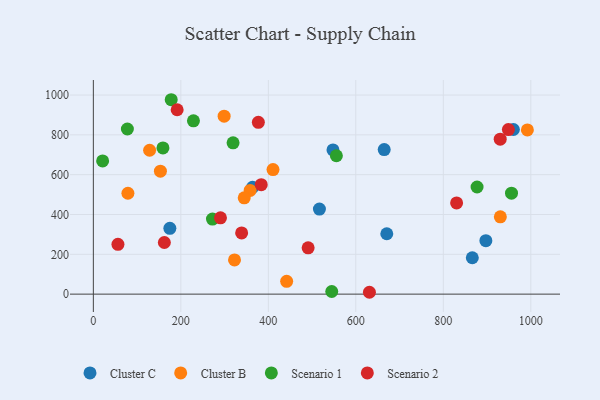
{"axis": {"x": "Price", "y": "Sales"}, "legend": ["Cluster B", "Cluster C", "Scenario 1", "Scenario 2"], "data": [{"x": "670.8", "y": 303.2, "type": "Cluster C"}, {"x": "174.9", "y": 330.4, "type": "Cluster C"}, {"x": "516.8", "y": 427.0, "type": "Cluster C"}, {"x": "897.3", "y": 268.4, "type": "Cluster C"}, {"x": "866.3", "y": 182.6, "type": "Cluster C"}, {"x": "664.9", "y": 726.3, "type": "Cluster C"}, {"x": "547.8", "y": 724.2, "type": "Cluster C"}, {"x": "960.2", "y": 826.9, "type": "Cluster C"}, {"x": "363.9", "y": 536.3, "type": "Cluster C"}, {"x": "358.4", "y": 521.0, "type": "Cluster B"}, {"x": "153.3", "y": 617.8, "type": "Cluster B"}, {"x": "128.6", "y": 722.6, "type": "Cluster B"}, {"x": "322.7", "y": 171.9, "type": "Cluster B"}, {"x": "441.9", "y": 64.1, "type": "Cluster B"}, {"x": "79.0", "y": 506.8, "type": "Cluster B"}, {"x": "410.7", "y": 625.7, "type": "Cluster B"}, {"x": "930.4", "y": 388.5, "type": "Cluster B"}, {"x": "992.2", "y": 824.7, "type": "Cluster B"}, {"x": "299.0", "y": 894.1, "type": "Cluster B"}, {"x": "344.9", "y": 483.9, "type": "Cluster B"}, {"x": "21.2", "y": 669.1, "type": "Scenario 1"}, {"x": "159.1", "y": 734.2, "type": "Scenario 1"}, {"x": "877.2", "y": 538.2, "type": "Scenario 1"}, {"x": "319.4", "y": 759.9, "type": "Scenario 1"}, {"x": "545.0", "y": 13.1, "type": "Scenario 1"}, {"x": "178.0", "y": 976.5, "type": "Scenario 1"}, {"x": "77.8", "y": 829.4, "type": "Scenario 1"}, {"x": "272.3", "y": 377.2, "type": "Scenario 1"}, {"x": "955.9", "y": 507.3, "type": "Scenario 1"}, {"x": "555.6", "y": 695.0, "type": "Scenario 1"}, {"x": "228.8", "y": 870.4, "type": "Scenario 1"}, {"x": "191.6", "y": 926.2, "type": "Scenario 2"}, {"x": "491.0", "y": 232.8, "type": "Scenario 2"}, {"x": "290.6", "y": 383.2, "type": "Scenario 2"}, {"x": "830.4", "y": 458.2, "type": "Scenario 2"}, {"x": "162.3", "y": 259.2, "type": "Scenario 2"}, {"x": "383.8", "y": 550.0, "type": "Scenario 2"}, {"x": "930.1", "y": 778.1, "type": "Scenario 2"}, {"x": "631.1", "y": 9.3, "type": "Scenario 2"}, {"x": "339.0", "y": 307.5, "type": "Scenario 2"}, {"x": "948.8", "y": 826.6, "type": "Scenario 2"}, {"x": "56.2", "y": 250.3, "type": "Scenario 2"}, {"x": "377.2", "y": 863.0, "type": "Scenario 2"}]}